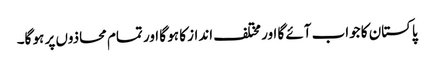
پاکستان کا جواب آئے گا اور مختلف انداز کا ہو گا اور تمام محاذوں پر ہو گا۔